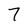
Character: 7